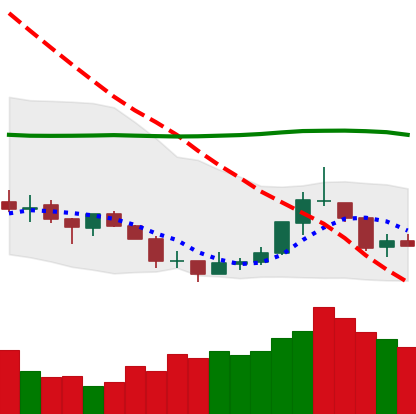
Ticker: TRX-USD
Chart end date: 2018-07-22
Forward return: 3.932%
Label: up_3_5